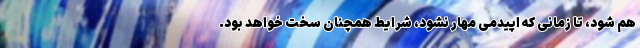
هم شود، تا زمانی که اپیدمی مهار نشود، شرایط همچنان سخت خواهد بود.